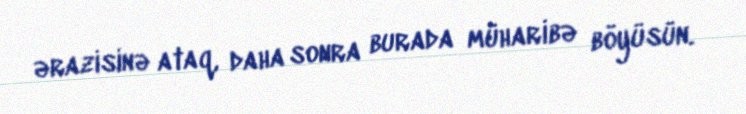
ərazisinə ataq, daha sonra burada müharibə böyüsün.